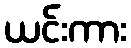
ယင်းကား